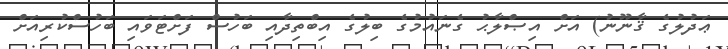
ޢަދުލުގެ ޤާނޫނު) އަށް އިޞްލާޙު ގެނައުމުގެ ބިލުގެ އިބްތިދާއި ބަހުސް ފަށްޓަވައި ބަހުސްކުރިއަށް